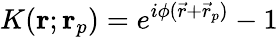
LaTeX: K(\mathbf{r};\mathbf{r}_{p})=e^{i\phi(\vec{r}+\vec{r}_{p})}-1